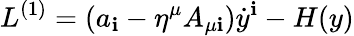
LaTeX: L^{(1)}=(a_{\mathbf{i}}-\eta^{\mu}A_{\mu\mathbf{i}})\dot{{y}}^{\mathbf{i}}-H(y)